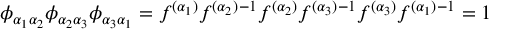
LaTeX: \phi _ { \alpha _ { 1 } \alpha _ { 2 } } \phi _ { \alpha _ { 2 } \alpha _ { 3 } } \phi _ { \alpha _ { 3 } \alpha _ { 1 } } = f ^ { ( \alpha _ { 1 } ) } f ^ { ( \alpha _ { 2 } ) } { } ^ { - 1 } f ^ { ( \alpha _ { 2 } ) } f ^ { ( \alpha _ { 3 } ) } { } ^ { - 1 } f ^ { ( \alpha _ { 3 } ) } f ^ { ( \alpha _ { 1 } ) } { } ^ { - 1 } = 1